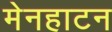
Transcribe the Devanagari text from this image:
मेनहाटन